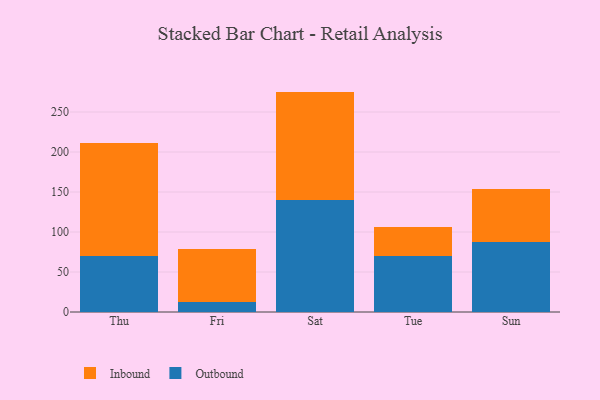
{"axis": {"x": "Day", "y": "Waste Production (Tons)"}, "legend": ["Inbound", "Outbound"], "data": [{"x": "Thu", "y": 69.9, "type": "Outbound"}, {"x": "Thu", "y": 141.5, "type": "Inbound"}, {"x": "Fri", "y": 12.0, "type": "Outbound"}, {"x": "Fri", "y": 66.2, "type": "Inbound"}, {"x": "Sat", "y": 140.2, "type": "Outbound"}, {"x": "Sat", "y": 135.3, "type": "Inbound"}, {"x": "Tue", "y": 69.8, "type": "Outbound"}, {"x": "Tue", "y": 35.9, "type": "Inbound"}, {"x": "Sun", "y": 87.2, "type": "Outbound"}, {"x": "Sun", "y": 67.1, "type": "Inbound"}]}